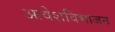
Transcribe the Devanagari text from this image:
आवेशविभाजन